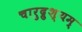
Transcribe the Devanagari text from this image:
चारुद्रुश्यम्